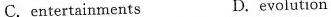
C.entertainments D.evolution